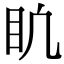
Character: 𥃶